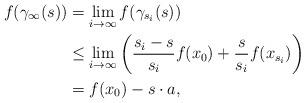
LaTeX: \begin{align*}f(\gamma_\infty(s)) &= \lim_{i\to \infty} f(\gamma_{s_i}(s)) \\&\le \lim_{i\to\infty}\left(\frac{s_i-s}{s_i} f(x_0) + \frac{s}{s_i} f(x_{s_i})\right) \\&= f(x_0) - s\cdot a,\end{align*}